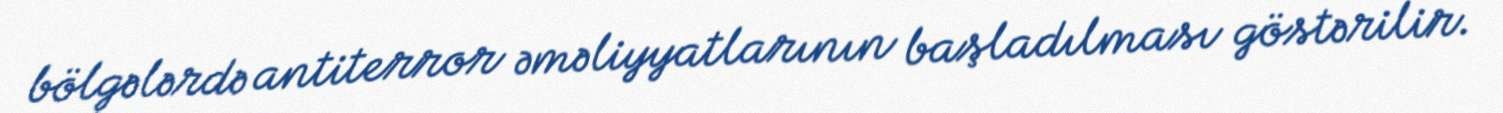
bölgələrdə antiterror əməliyyatlarının başladılması göstərilir.